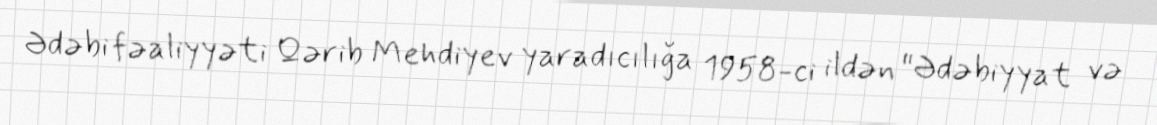
Ədəbi fəaliyyəti Qərib Mehdiyev yaradıcılığa 1958-ci ildən "Ədəbiyyat və